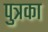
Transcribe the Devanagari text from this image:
पुत्रका